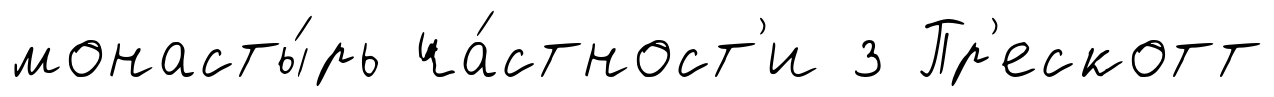
монасты́рь ча́стност'и з Пр'ескотт